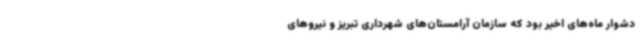
دشوار ماه‌های اخیر بود که سازمان آرامستان‌های شهرداری تبریز و نیروهای